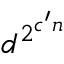
d ^ { 2 ^ { c ^ { \prime } n } }